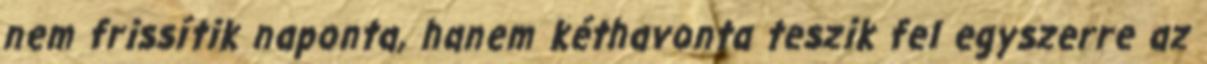
nem frissítik naponta, hanem kéthavonta teszik fel egyszerre az